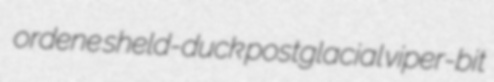
ordene sheld-duck postglacial viper-bit